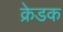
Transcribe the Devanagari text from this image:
क्रेडक